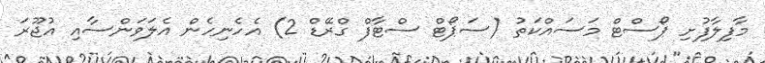
މާފިލާފުށި ޕޯސްޓް މަސައްކަތު (ސަޕޯޓް ސްޓާފް ގްރޭޑް 2) އެހެނިހެން އެލަވަންސާއި އުޖޫރަ